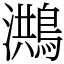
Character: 𪃡